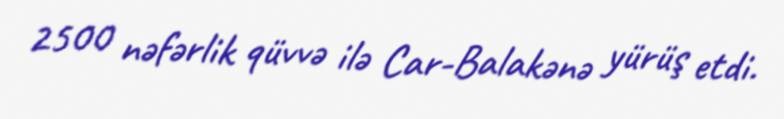
2500 nəfərlik qüvvə ilə Car-Balakənə yürüş etdi.